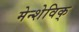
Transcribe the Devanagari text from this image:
मेन्शेविक्